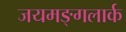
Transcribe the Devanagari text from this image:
जयमङ्गलार्क